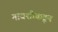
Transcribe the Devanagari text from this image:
मावशीकडून